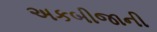
અકબીજાની